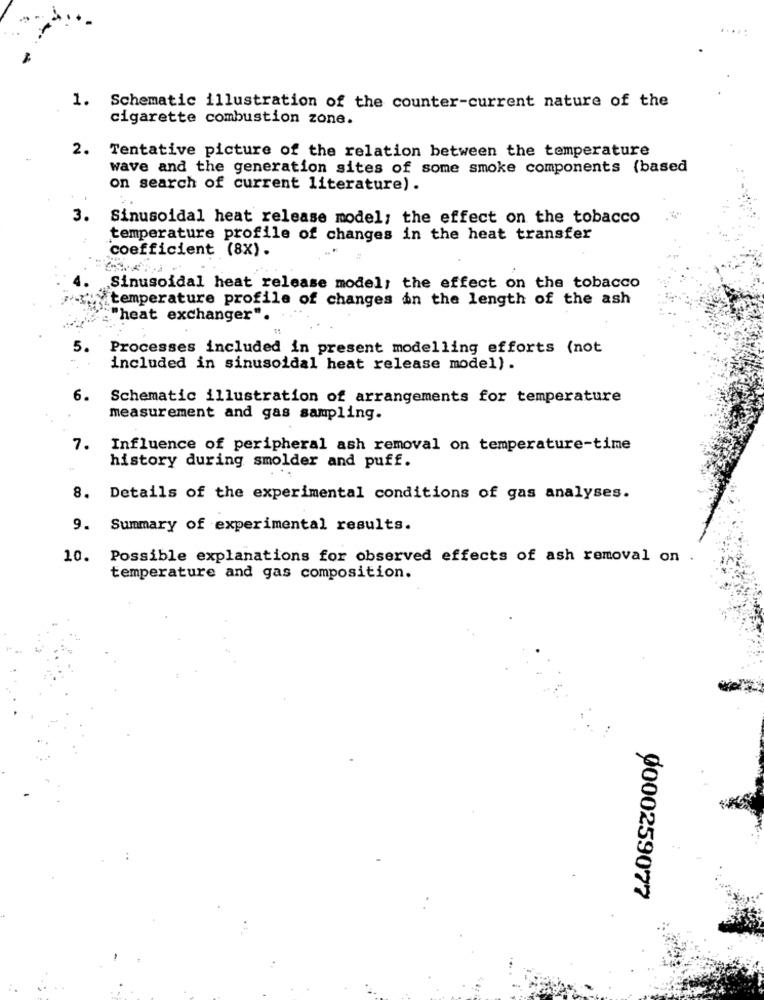
1. Schematic illustration of the counter-current nature of the
cigarette combustion zone.
2. Tentative picture of the relation between the temperature
wave and the generation sites of some smoke components (based
on search of current literature).
3. Sinusoidal heat release model; the effect on the tobacco
temperature profile of changes in the heat transfer
coefficient (8X) .
Sinusoidal heat release model; the effect on the tobacco
temperature profile of changes in the length of the ash
'heat exchanger".
5.
Processes included in present modelling efforts (not
included in sinusoidal heat release model).
6.
Schematic illustration of arrangements for temperature
measurement and gas sampling.
7. Influence of peripheral ash removal on temperature-time
history during smolder and puff.
8. Details of the experimental conditions of gas analyses.
9. Summary of experimental results.
10. Possible explanations for observed effects of ash removal on
temperature and gas composition.
0000259077